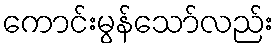
ကောင်းမွန်သော်လည်း